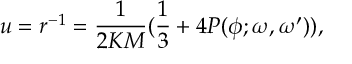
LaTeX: u = r ^ { - 1 } = { \frac { 1 } { 2 K M } } ( { \frac { 1 } { 3 } } + 4 { \cal P } ( \phi ; \omega , \omega ^ { \prime } ) ) ,